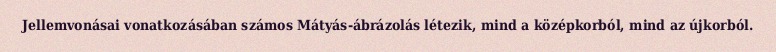
Jellemvonásai vonatkozásában számos Mátyás-ábrázolás létezik, mind a középkorból, mind az újkorból.